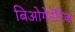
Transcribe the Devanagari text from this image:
बिओगेनेटिक